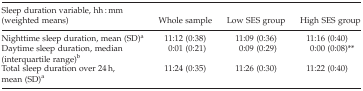
<table><thead><tr><td><b>Sleep duration variable, hh : mm (weighted means)</b></td><td><b>Whole sample</b></td><td><b>Low SES group</b></td><td><b>High SES group</b></td></tr></thead><tbody><tr><td>Nighttime sleep duration, mean (SD)a</td><td>11:12 (0:38)</td><td>11:09 (0:36)</td><td>11:16 (0:40)</td></tr><tr><td>Daytime sleep duration, median (interquartile range)b</td><td>0:01 (0:21)</td><td>0:09 (0:29)</td><td>0:00 (0:08)**</td></tr><tr><td>Total sleep duration over 24 h, mean (SD)a</td><td>11:24 (0:35)</td><td>11:26 (0:30)</td><td>11:22 (0:40)</td></tr></tbody></table>